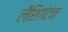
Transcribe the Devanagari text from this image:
लैशिगंटन